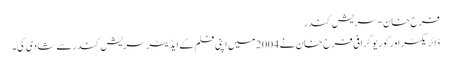
فرح خان-سریش کندر
ڈائریکٹر اورکوریوگرافی فرح خان نے 2004میں اپنی فلم کے ایڈیٹرسریش کندرسے شادی کی۔